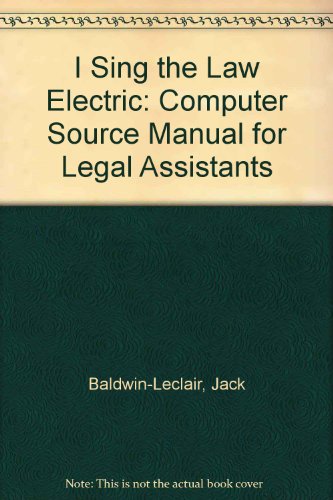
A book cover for I Sing the Law Electric: Computer Source Manual for Legal Assistants; Jack Baldwin-Leclair; Law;